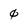
Character: 0